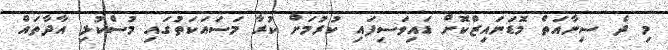
މި ދެ ސިނާއަތް މޮޑަނައިޒްކޮށް ޑައިވަސިފައި ކުރުމަށް ކުރާ މަސައަކަތުގައި މުސްކުޅި އާދާތައް